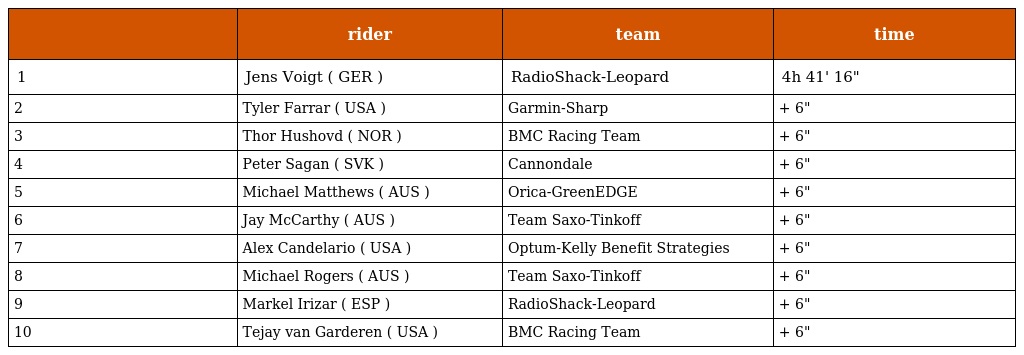
|  | rider | team | time |
 | --- | --- | --- | --- |
 | 1 | Jens Voigt ( GER ) | RadioShack-Leopard | 4h 41' 16" |
 | 2 | Tyler Farrar ( USA ) | Garmin-Sharp | + 6" |
 | 3 | Thor Hushovd ( NOR ) | BMC Racing Team | + 6" |
 | 4 | Peter Sagan ( SVK ) | Cannondale | + 6" |
 | 5 | Michael Matthews ( AUS ) | Orica-GreenEDGE | + 6" |
 | 6 | Jay McCarthy ( AUS ) | Team Saxo-Tinkoff | + 6" |
 | 7 | Alex Candelario ( USA ) | Optum-Kelly Benefit Strategies | + 6" |
 | 8 | Michael Rogers ( AUS ) | Team Saxo-Tinkoff | + 6" |
 | 9 | Markel Irizar ( ESP ) | RadioShack-Leopard | + 6" |
 | 10 | Tejay van Garderen ( USA ) | BMC Racing Team | + 6" |